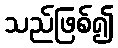
သည်ဖြစ်၍